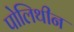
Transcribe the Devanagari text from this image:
पोलिथीन